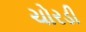
ચોરડી